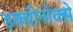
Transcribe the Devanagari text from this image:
इक्वीनोक्से